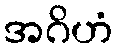
အဂိဟံ